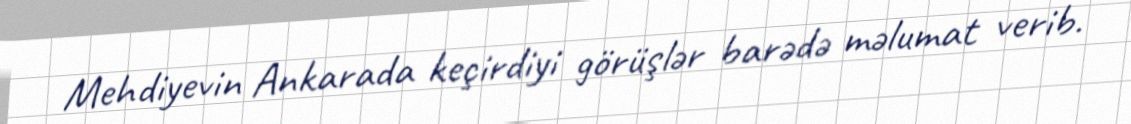
Mehdiyevin Ankarada keçirdiyi görüşlər barədə məlumat verib.